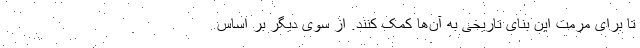
تا برای مرمت این بنای تاریخی به آن‌ها کمک کنند. از سوی دیگر بر اساس